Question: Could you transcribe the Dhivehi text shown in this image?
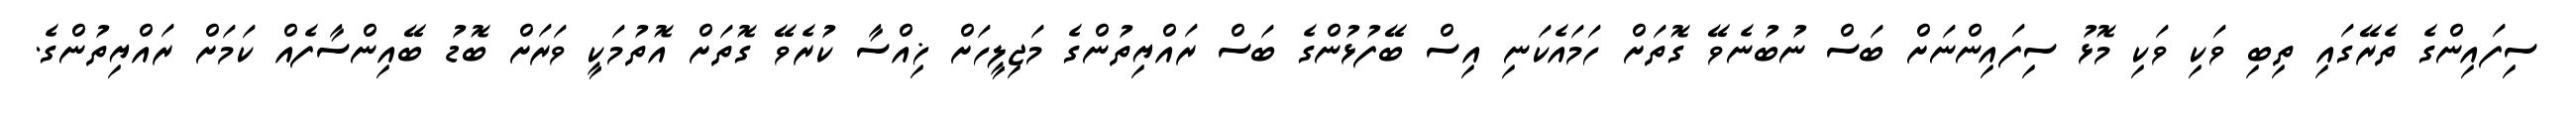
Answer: ސިފައިންގެ ތެރޭގައި ތިބި ވަކި ވަކި މޮޅު ސިފައިންނަށް ބަސް ނުބުނެވޭ ގޮތަށް ހަމައެކަނި އިސް ބޭފުޅުންގެ ބަސް ރައްޔިތުންގެ މަޖިލީހަށް ޚިއްސާ ކުރެވޭ ގޮތަށް އޮތުމަކީ ވަރަށް ބޮޑު ބޭއިންސާފެއް ކަމަށް ރައްޔިތުންގެ.